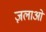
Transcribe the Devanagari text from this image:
ज़लाओं